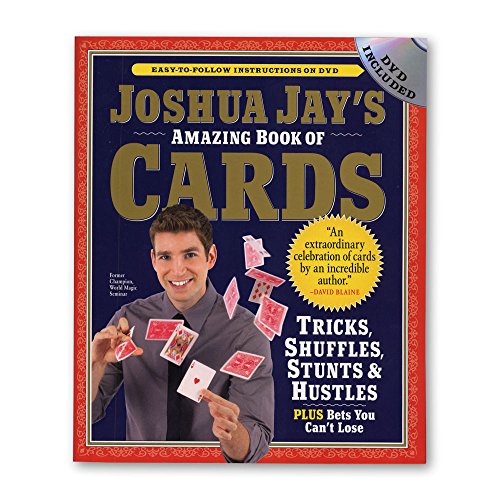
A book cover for Joshua Jay's Amazing Book of Cards: Tricks, Shuffles, Stunts & Hustles Plus Bets You Can't Lose; Joshua Jay; Humor & Entertainment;